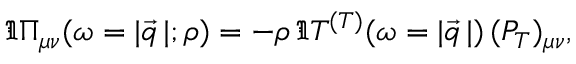
\Im \Pi _ { \mu \nu } ( \omega = | \vec { q } \, | ; \rho ) = - \rho \, \Im T ^ { ( T ) } ( \omega = | \vec { q } \, | ) \, ( P _ { T } ) _ { \mu \nu } ,